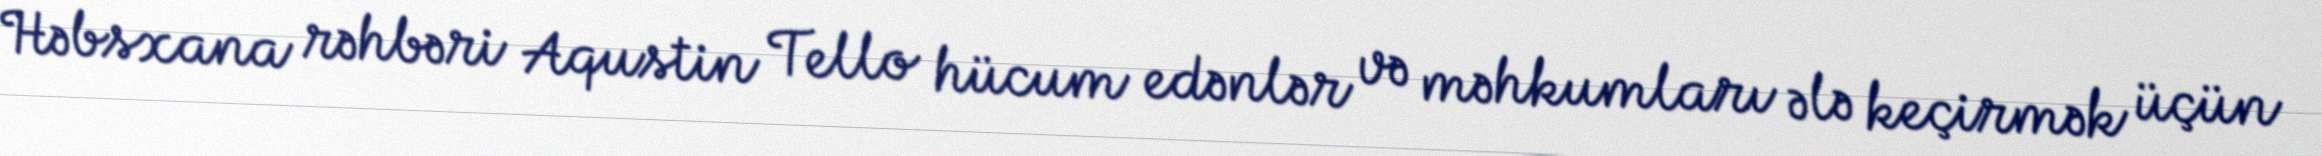
Həbsxana rəhbəri Aqustin Tello hücum edənlər və məhkumları ələ keçirmək üçün